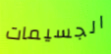
الجسيمات